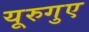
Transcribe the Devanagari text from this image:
यूरुगुए